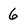
Character: 6